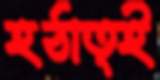
হঠাত্ই